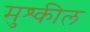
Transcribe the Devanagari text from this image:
मुश्कील